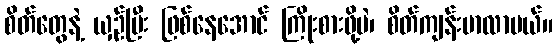
စိတ်တွေနဲ့ ယှဉ်ပြီး ဖြစ်နေအောင် ကြိုးစားဖို့ပဲ၊ စိတ်ကျန်းမာလာမယ်။